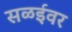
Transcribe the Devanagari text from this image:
सळईवर